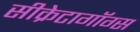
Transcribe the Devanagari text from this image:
सीक्रेटागॉग्स